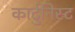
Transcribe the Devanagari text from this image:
कार्टुनिस्ट